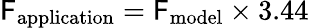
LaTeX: \mathsf{F}_{\mathrm{{application}}}=\mathsf{F}_{\mathrm{{model}}}\times3.44